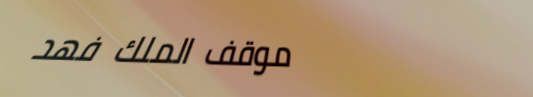
موقف الملك فهد